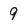
Character: 9